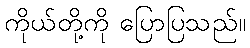
ကိုယ်တို့ကို ပြောပြသည်။